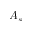
A _ { s }